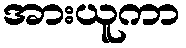
အားယူကာ